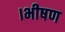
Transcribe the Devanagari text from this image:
।भीषण